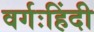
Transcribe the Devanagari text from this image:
वर्गःहिंदी